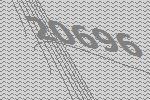
20696